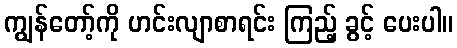
ကျွန်တော့်ကို ဟင်းလျာစာရင်း ကြည့် ခွင့် ပေးပါ။